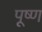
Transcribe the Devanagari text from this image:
पूष्ण